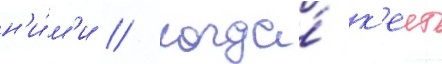
н'и́м'и // Когда́ к'еит